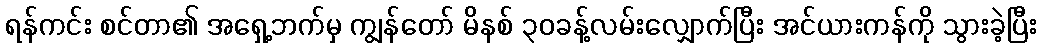
ရန်ကင်း စင်တာ၏ အရှေ့ဘက်မှ ကျွန်တော် မိနစ် ၃၀ခန့်လမ်းလျှောက်ပြီး အင်ယားကန်ကို သွားခဲ့ပြီး